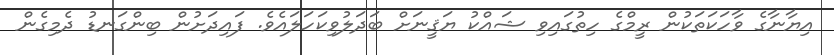
އިޔާނާގެ ވާހަކަތަކުން ރީމްގެ ހިތުގައިވި ޝައްކު ޔަޤީނަށް ބަދަލުވިކަހަލައެވެ. ފައިދަށުން ބިންގަނޑު ދެމިގެން